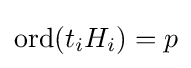
\mathrm {ord} (t_{i}H_{i})=p